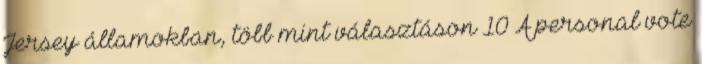
Jersey államokban, több mint választáson 10 A personal vote